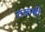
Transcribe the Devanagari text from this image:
तकष़ी